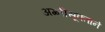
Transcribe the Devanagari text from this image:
अग्नीसूक्ताने